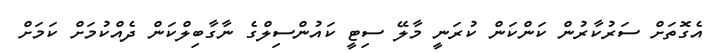
އެގޮތަށް ސަރުކާރުން ކަންކަން ކުރަނީ މާލޭ ސިޓީ ކައުންސިލްގެ ނާގާބިލްކަން ދެއްކުމަށް ކަމަށް